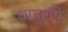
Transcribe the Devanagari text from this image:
धातुरपि